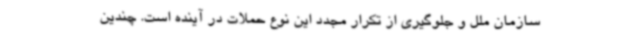
سازمان ملل و جلوگیری از تکرار مجدد این نوع حملات در آینده است. چندین